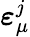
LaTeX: \boldsymbol\varepsilon_{\mu}^{j}